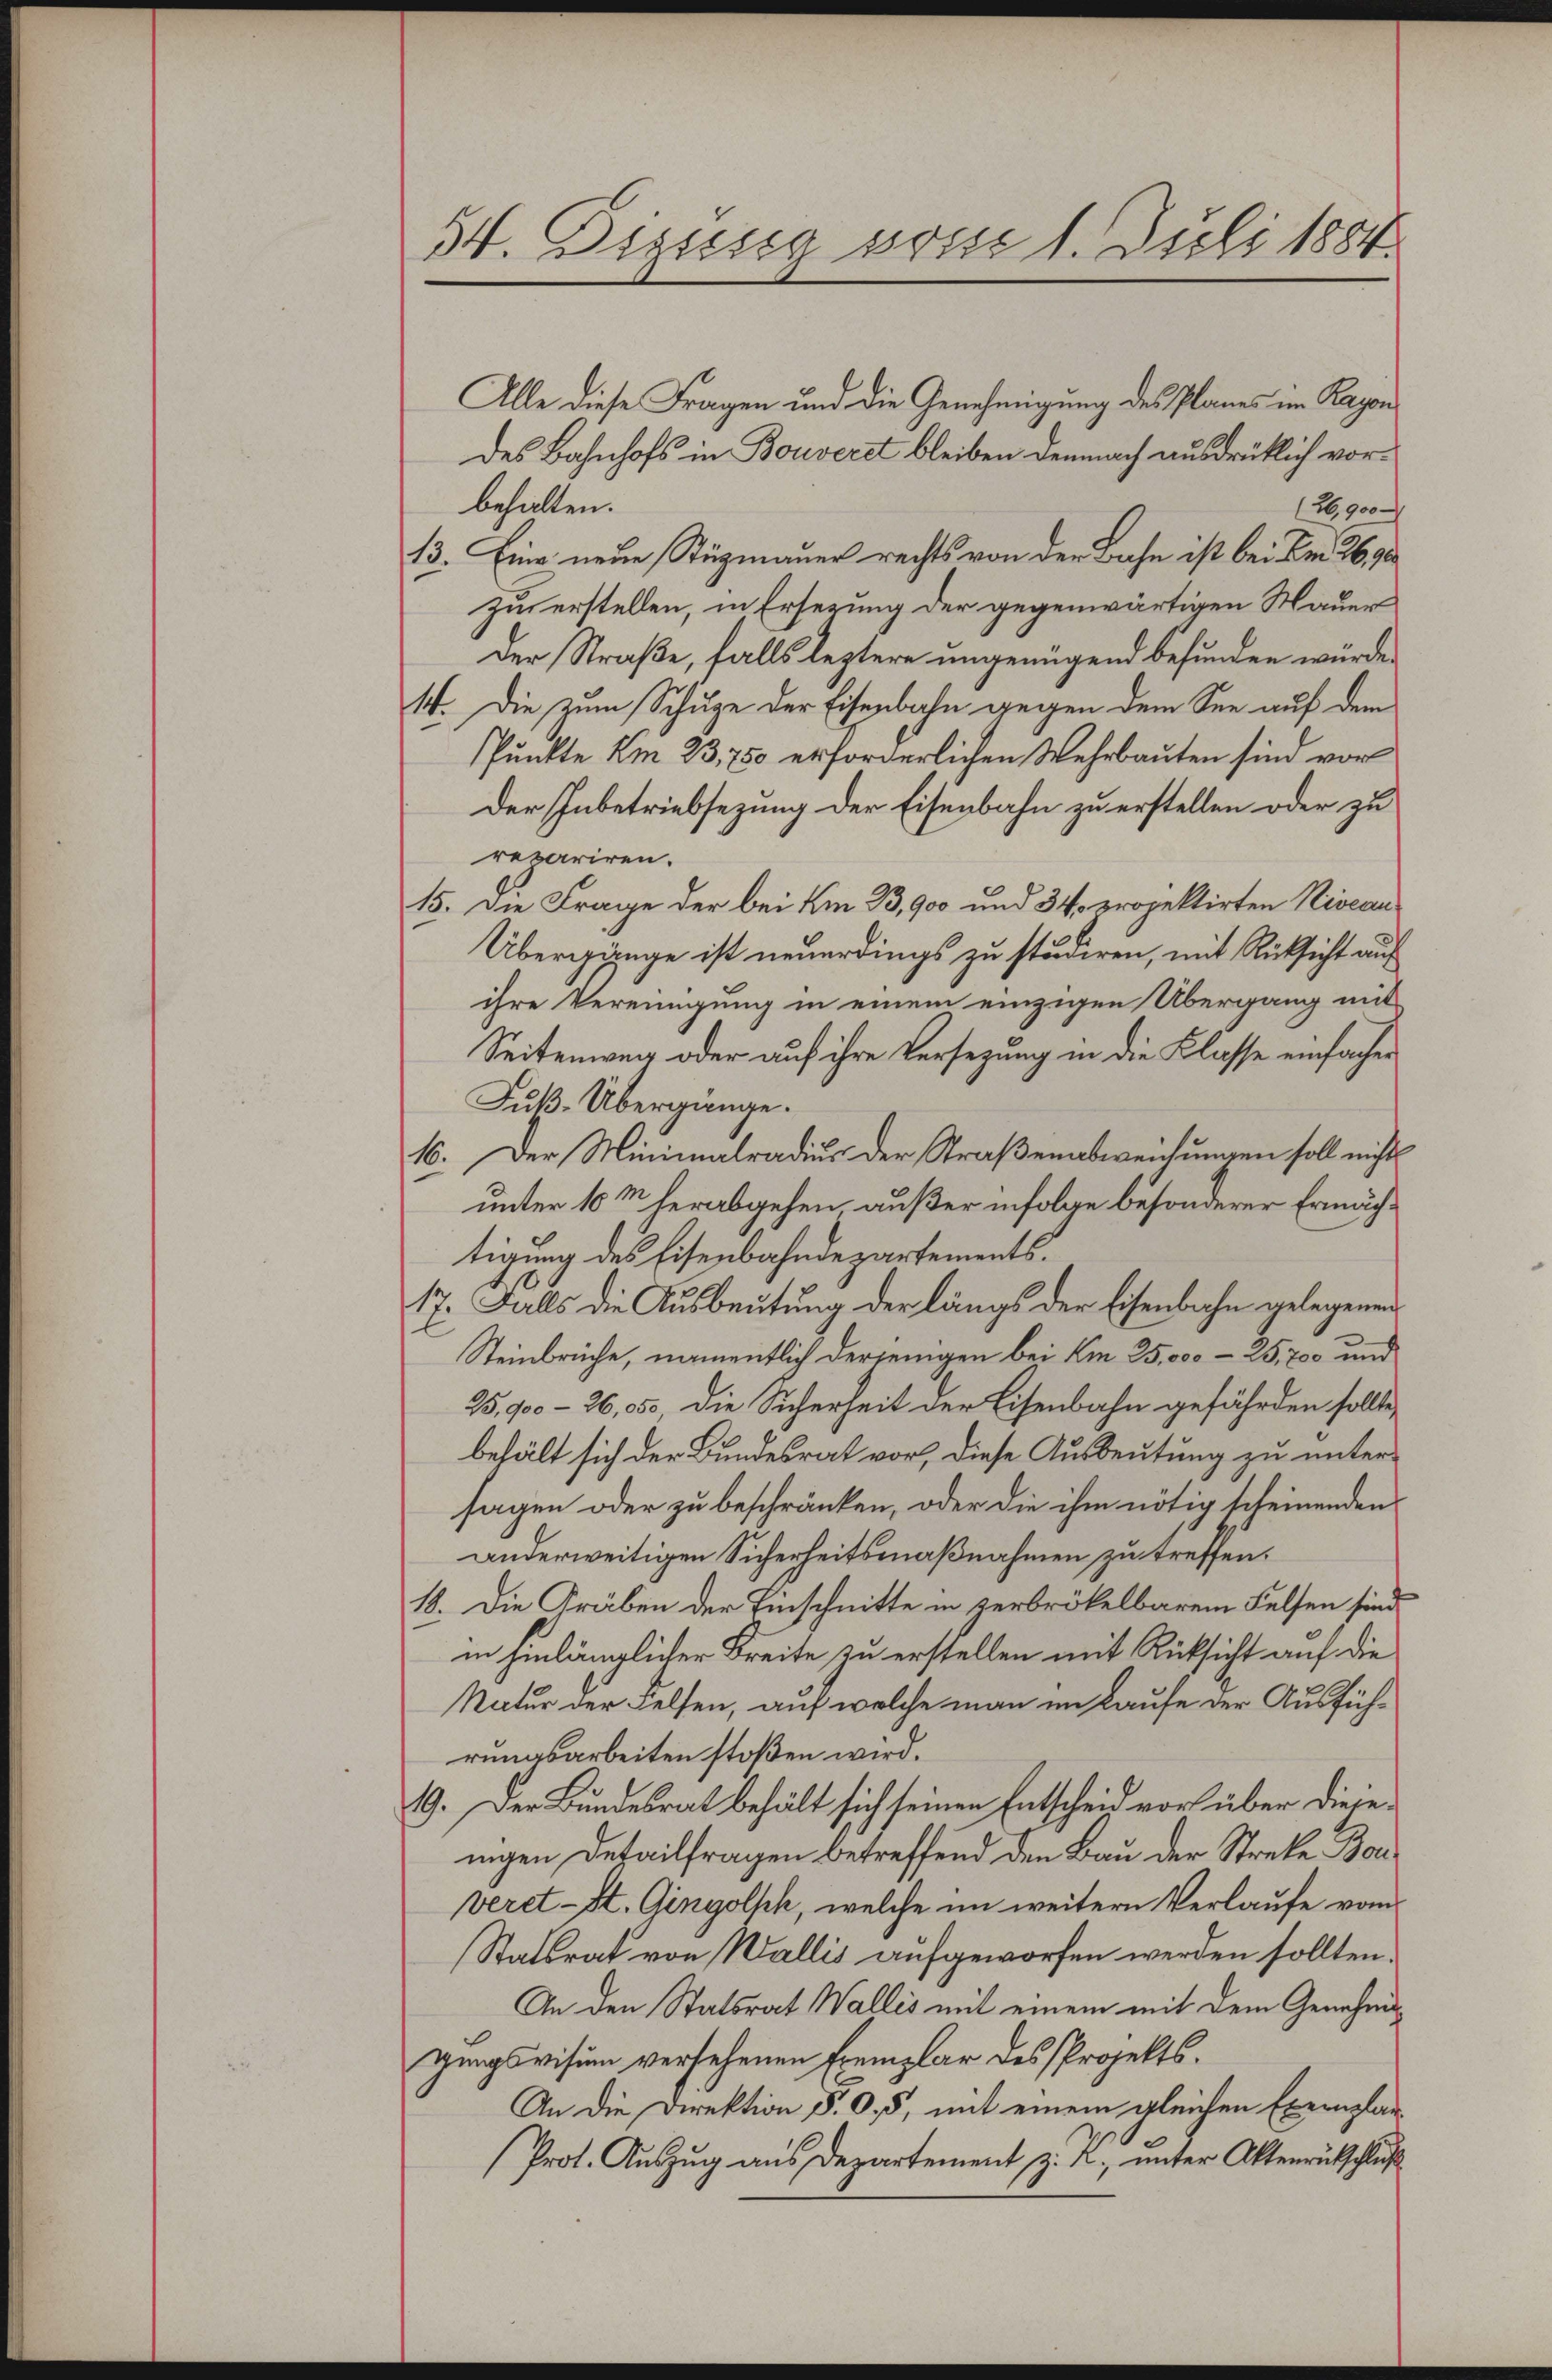
54. Dizssig vom 1. Juli 1884.

Alle diese Fragen und die Genehmigung des Planes im Rayon
des Bahnhofs in Bouveret bleiben demnach ausdrüklich vorbehalten.
(26,900
13. Eine neue Stüzmauer rechts von der Bahn ist bei Br 26. 90
zu erstellen, in Ersezung der gegenwärtigen Mauer
der Straße, falls leztere ungenügend befunden würde.
14. Die zum Schuze der Eisenbahn gegen dem See auf dem
Punkte Am 23,750 erforderlichen Wehrbauten sind vor
Der Inbetriebsezung der Eisenbahn zu erstellen oder zu
repariren.
15. Die Frage der bei um 33,900 und 34 projektirten Niveau¬
Übergänge ist neuerdings zu studiren, mit Rücksicht auf
ihre Vereinigung in einem einzigen Übergang mit
Seitenweg oder auf ihre Versezung in die Klasse einfachen
Fuk-Übergänge.
16. Der Minimalradius der Straßenabweichungen soll nichts
unter 10 M herabgehen außer infolge besonderer Ermächtigung des Eisenbahndepartements.
17. Falls die Ausbeutung der längs der Eisenbahn gelegenen
Steinbrüche, namentlich derjenigen bei Am 25,000 - 25,700 und
25,900-26,05, die Sicherheit der Eisenbahn gefährden sollte,
behält sich der Bundesrat vor, diese Ausbeutung zu untersagen oder zu beschränken, oder die ihm nötig scheinenden
anderweitigen Sicherheitsmaßnahmen zu treffen.
18. Die Gräben der Einschnitte in verbröckelbarem Felsen sind.
in hinlänglicher Kreite zu erstellen mit Rücksicht auf die
Natur der Felsen, auf welche man im Laufe der Ausführungsarbeiten stoßen wird.
19. Der Bundesrat behält sich seinen Entscheid vor über diejenigen Detailfragen betreffend den Bau der Streke Bonveret-St. Gingolsch, welche im weitern Verlaufe vom
Statsrat von Wallis aufgeworfen werden sollten.
An den Statsrat Wallis mit einem mit dem Genehmigingsvisum versehenen Exemplar des Projekts.
An die Direktion §. 0., 5, mit einem gleichen Exemplan-
Prot. Aŭszŭg aŭs Departement z. R. ŭnter Aktenrückschlŭβ